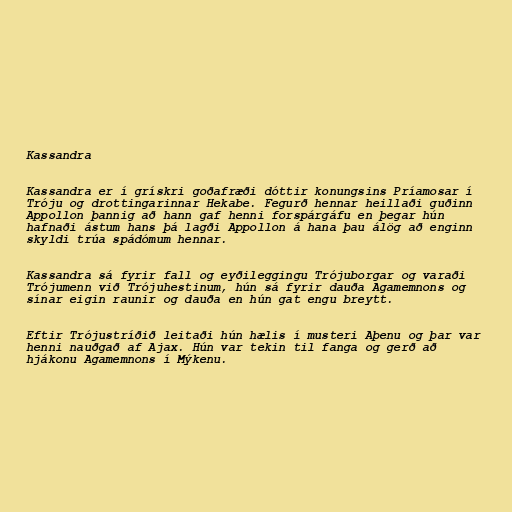
Kassandra

Kassandra er í grískri goðafræði dóttir konungsins Príamosar í
Tróju og drottingarinnar Hekabe. Fegurð hennar heillaði guðinn
Appollon þannig að hann gaf henni forspárgáfu en þegar hún
hafnaði ástum hans þá lagði Appollon á hana þau álög að enginn
skyldi trúa spádómum hennar.

Kassandra sá fyrir fall og eyðileggingu Trójuborgar og varaði
Trójumenn við Trójuhestinum, hún sá fyrir dauða Agamemnons og
sínar eigin raunir og dauða en hún gat engu breytt.

Eftir Trójustríðið leitaði hún hælis í musteri Aþenu og þar var
henni nauðgað af Ajax. Hún var tekin til fanga og gerð að
hjákonu Agamemnons í Mýkenu.